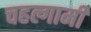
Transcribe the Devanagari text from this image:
चहल्गामी